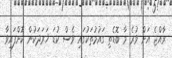
ރާއްޖެ އަށް ވުރެ މާ ބޮޑެތި ގައުމުތަކުގައި ވެސް ކުޑަ ޚަރަދަކުން ކޮށްފައިވާ